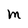
Character: m